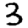
Digit: 3